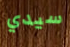
سيدي